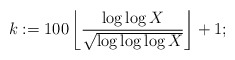
\begin{align*} k := 100 \left\lfloor \frac{\log\log X}{\sqrt{\log\log\log X}} \right\rfloor + 1;\end{align*}